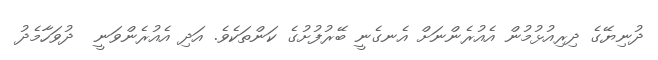
ދުނިޔޭގެ ދިރިއުޅުމުން އެއުރެންނަށް އެނގެނީ ބޭރުފުށުގެ ކަންތަކެވެ. އަދި އެއުރެންވަނީ  ދުވަހާމެދު